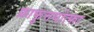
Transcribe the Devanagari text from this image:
फ्राफुत्तयोत्फा